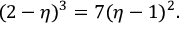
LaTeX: ( 2 - \eta ) ^ { 3 } = 7 ( \eta - 1 ) ^ { 2 } .